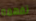
تفهمه